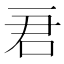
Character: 𠰶